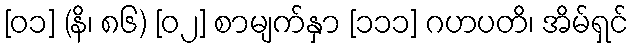
[၀၁] (နိ၊ ၈၆) [၀၂] စာမျက်နှာ [၁၁၁] ဂဟပတိ၊ အိမ်ရှင်